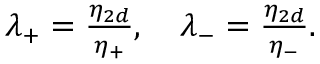
\begin{array} { r } { \lambda _ { + } = \frac { \eta _ { 2 d } } { \eta _ { + } } , ~ ~ ~ \lambda _ { - } = \frac { \eta _ { 2 d } } { \eta _ { - } } . } \end{array}